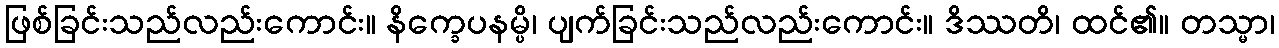
ဖြစ်ခြင်းသည်လည်းကောင်း။ နိက္ခေပနမ္ပိ၊ ပျက်ခြင်းသည်လည်းကောင်း။ ဒိဿတိ၊ ထင်၏။ တသ္မာ၊